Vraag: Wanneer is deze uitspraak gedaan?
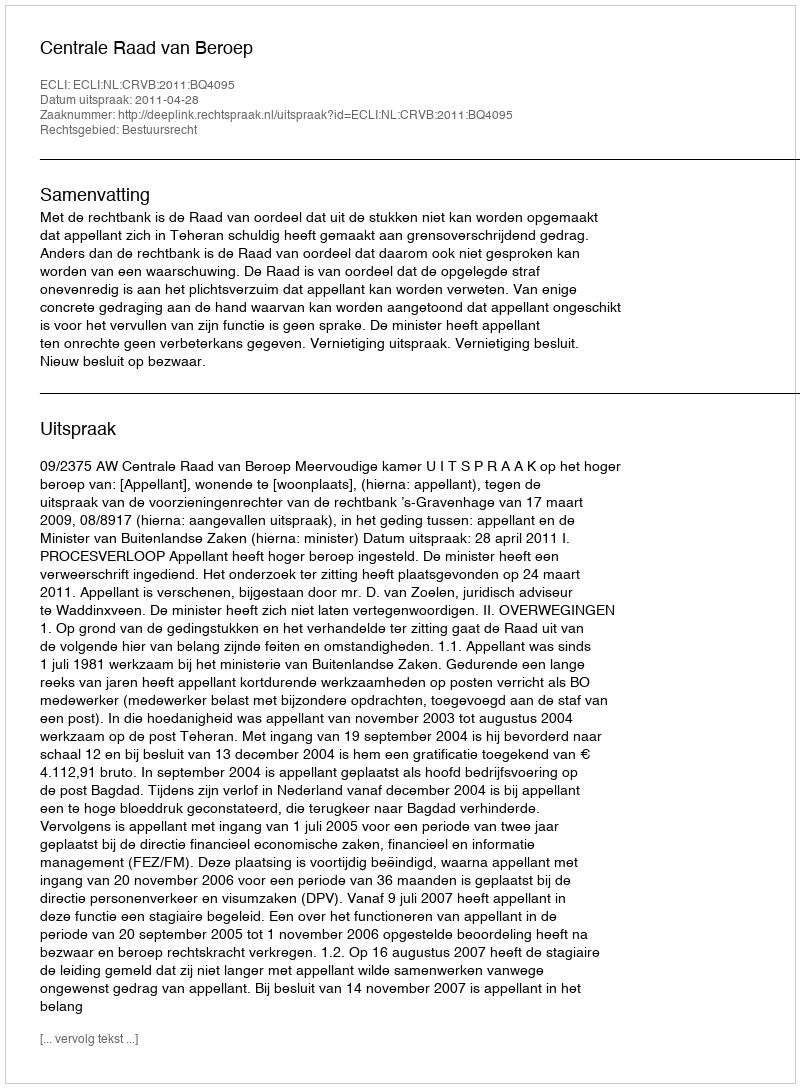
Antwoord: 2011-04-28